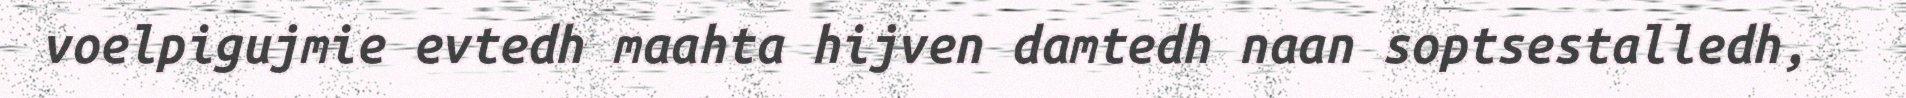
voelpigujmie evtedh maahta hijven damtedh naan soptsestalledh,